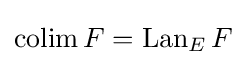
\operatorname {colim} F=\operatorname {Lan} _{E}F